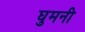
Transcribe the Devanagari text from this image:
घुमनी